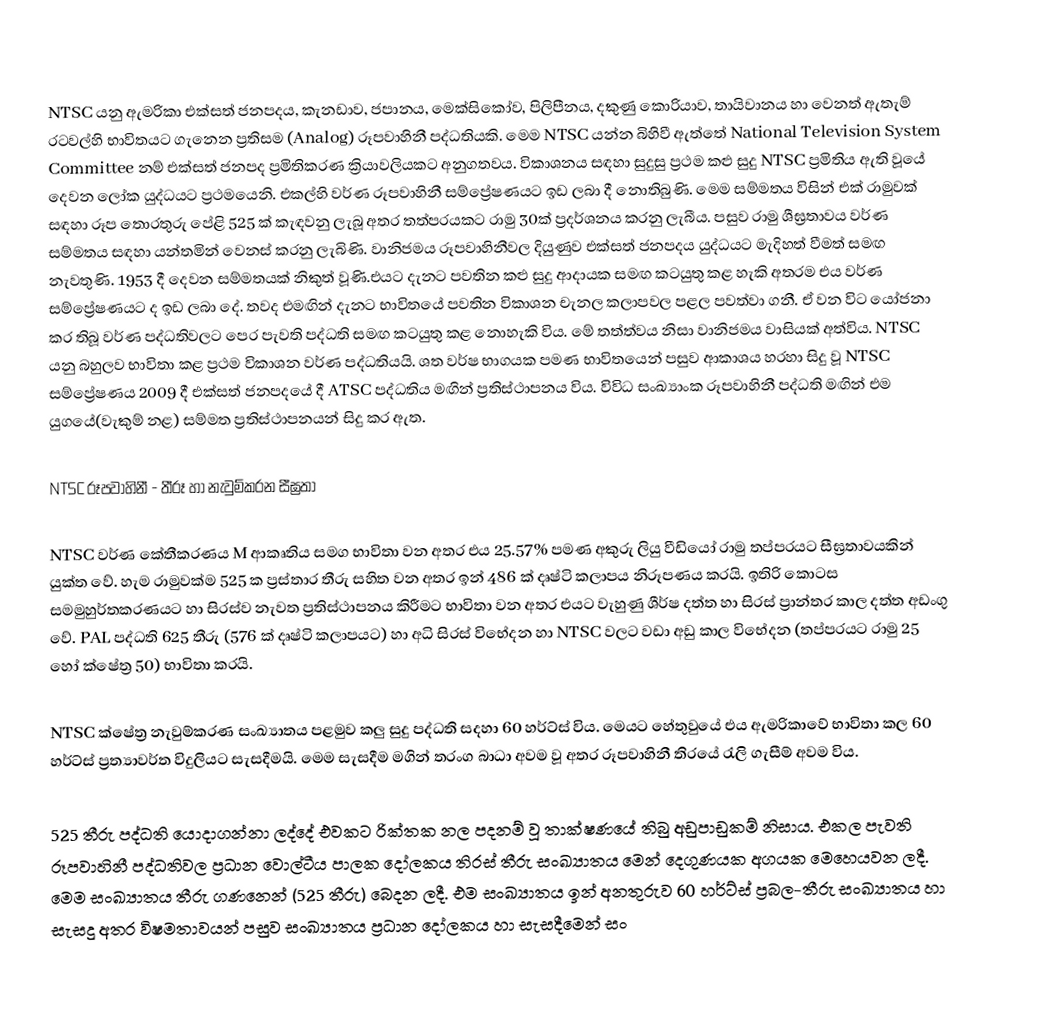
NTSC යනු ඇමරිකා එක්සත් ජනපදය, කැනඩාව, ජපානය, මෙක්සිකෝව, පිලිපීනය, දකුණු කොරියාව, තායිවානය හා වෙනත් ඇතැම් රටවල්හි භාවිතයට ගැනෙන ප්‍රතිසම (Analog) රූපවාහිනී පද්ධතියකි. මෙම NTSC යන්න බිහිවී ඇත්තේ National Television System Committee නම් එක්සත් ජනපද ප්‍රමිතිකරණ ක්‍රියාවලියකට අනුගතවය. විකාශනය සඳහා සුදුසු ප්‍රථම කළු සුදු NTSC ප්‍රමිතිය ඇති වූයේ දෙවන ලෝක යුද්ධයට ප්‍රථමයෙනි. එකල්හි වර්ණ රූපවාහිනී සම්ප්‍රේෂණයට ඉඩ ලබා දී නොතිබුණි. මෙම සම්මතය විසින් එක් රාමුවක් සඳහා රූප තොරතුරු පේළි 525 ක් කැඳවනු ලැබූ අතර තත්පරයකට රාමු 30ක් ප්‍රදර්ශනය කරනු ලැබීය. පසුව රාමු ශීඝ්‍රතාවය වර්ණ සම්මතය සඳහා යන්තමින් වෙනස් කරනු ලැබිණි. වානිජමය රූපවාහිනීවල දියුණුව එක්සත් ජනපදය යුද්ධයට මැදිහත් වීමත් සමඟ නැවතුණි. 1953 දී දෙවන සම්මතයක් නිකුත් වූණි.එයට දැනට පවතින කළු සුදු ආදායක සමඟ කටයුතු කළ හැකි අතරම එය වර්ණ සම්ප්‍රේෂණයට ද ඉඩ ලබා දේ. තවද එමඟින් දැනට භාවිතයේ පවතින විකාශන චැනල කලාපවල පළල පවත්වා ගනී. ඒ වන විට යෝජනා කර තිබූ වර්ණ පද්ධතිවලට පෙර පැවති පද්ධති සමඟ කටයුතු කළ නොහැකි විය.  මේ තත්ත්වය නිසා වානිජමය වාසියක් අත්විය. NTSC යනු බහුලව භාවිතා කළ ප්‍රථම විකාශන වර්ණ පද්ධතියයි. ශත වර්ෂ භාගයක පමණ භාවිතයෙන් පසුව ආකාශය හරහා සිදු වූ NTSC සම්ප්‍රේෂණය 2009 දී එක්සත් ජනපදයේ දී ATSC පද්ධතිය මඟින් ප්‍රතිස්ථාපනය විය. විවිධ සංඛ්‍යාංක රූපවාහිනී පද්ධති මඟින් එම යුගයේ(වැකුම් නළ) සම්මත ප්‍රතිස්ථාපනයන් සිදු කර ඇත.

NTSC රූපවාහිනී - තීරූ හා නැවුම්කරන සීඝ්‍රතා

NTSC වර්ණ කේතීකරණය M ආකෘතිය සමග භාවිතා වන අතර එය 25.57% පමණ අකුරු ලියු වීඩියෝ රාමු තප්පරයට සීඝ්‍රතාවයකින් යුක්ත වේ. හැම රාමුවක්ම 525 ක ප්‍රස්තාර තීරු සහිත වන අතර ඉන් 486 ක් දෘෂ්ටි කලාපය නිරූපණය කරයි. ඉතිරි කොටස සමමුහුර්තකරණයට හා සිරස්ව නැවත ප්‍රතිස්ථාපනය කිරීමට භාවිතා වන අතර එයට වැහුණු ශීර්ෂ දත්ත හා සිරස් ප්‍රාන්තර කාල දත්ත අඩංගු වේ. PAL පද්ධති 625 තීරු (576 ක් දෘෂ්ටි කලාපයට) හා අධි සිරස් විභේදන හා NTSC වලට වඩා අඩු කාල විභේදන (තප්පරයට රාමු 25 හෝ ක්ෂේත්‍ර 50) භාවිතා කරයි.

NTSC ක්ෂේත්‍ර නැවුම්කරණ සංඛ්‍යාතය පළමුව කලු සුදු පද්ධති සදහා 60 හර්ට්ස් විය. මෙයට හේතුවුයේ එය ඇමරිකාවේ භාවිතා කල 60 හර්ට්ස් ප්‍රත්‍යාවර්ත විදුලියට සැසදීමයි. මෙම සැසදීම මගින් තරංග බාධා අවම වූ අතර රූපවාහිනී තිරයේ රැලි ගැසීම් අවම විය.

525 තීරු පද්ධති යොදාගන්නා ලද්දේ එවකට රික්තක නල පදනම් වූ තාක්ෂණයේ තිබු අඩුපාඩුකම් නිසාය. එකල පැවති රූපවාහිනී පද්ධතිවල ප්‍රධාන වොල්ටීය පාලක දෝලකය තිරස් තීරු සංඛ්‍යාතය මෙන් දෙගුණයක අගයක මෙහෙයවන ලදී. මෙම සංඛ්‍යාතය තීරු ගණනෙන් (525 තීරු) බෙදන ලදී. එම සංඛ්‍යාතය ඉන් අනතුරුව 60 හර්ට්ස් ප්‍රබල-තීරු සංඛ්‍යාතය හා සැසදු අතර විෂමතාවයන් පසුව සංඛ්‍යාතය ප්‍රධාන දෝලකය හා සැසදීමෙන් සං